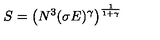
S = \left( N ^ { 3 } ( \sigma E ) ^ { \gamma } \right) ^ { \frac { 1 } { 1 + \gamma } }